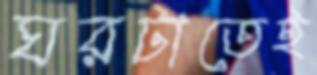
ঘরটাতেই